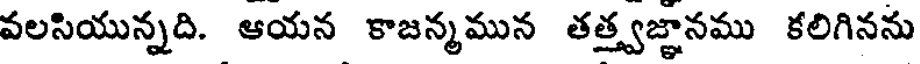
వలసియున్నది. ఆయన కాజన్మమున తత్త్వజ్ఞానము కలిగినను